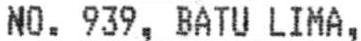
NO. 939, BATU LIMA,